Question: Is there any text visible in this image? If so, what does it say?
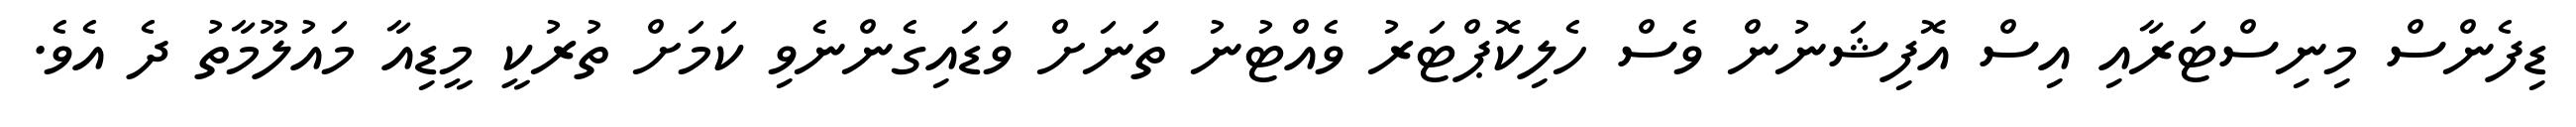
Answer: ޑިފެންސް މިނިސްޓަރާއި އިސް އޮފިޝަނުން ވެސް ހެލިކޮޕްޓަރު ވެއްޓުނު ތަަނަށް ވަޑައިގެންނެވި ކަމަށް ތުރުކީ މީޑިއާ މައުލޫމާތު ދެ އެވެ.